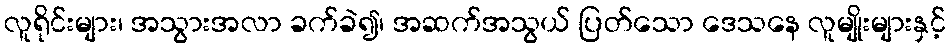
လူရိုင်းများ၊ အသွားအလာ ခက်ခဲ၍၊ အဆက်အသွယ် ပြတ်သော ဒေသနေ လူမျိုးများနှင့်